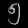
Digit: ၅